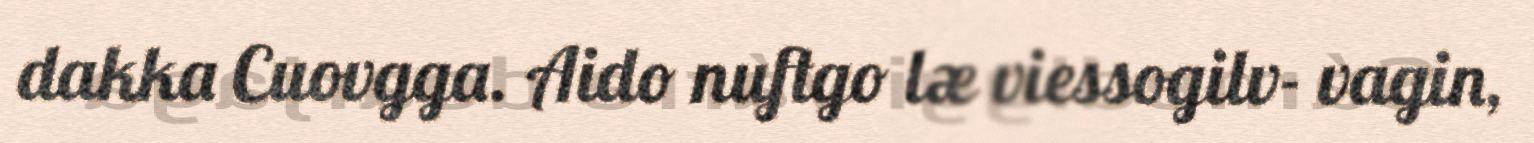
dakka Cuovgga. Aido nuftgo læ viessogilv- vagin,